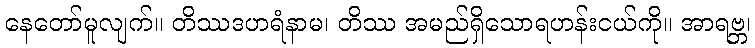
နေတော်မူလျက်။ တိဿဒဟရံနာမ၊ တိဿ အမည်ရှိသောရဟန်းငယ်ကို။ အာရဗ္ဘ၊